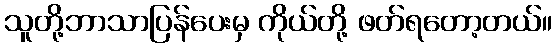
သူတို့ဘာသာပြန်ပေးမှ ကိုယ်တို့ ဖတ်ရတော့တယ်။